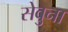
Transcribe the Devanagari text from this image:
सेवुना